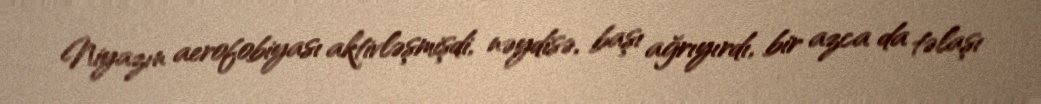
Niyazın aerofobiyası aktivləşmişdi, nəydisə, başı ağrıyırdı, bir azca da təlaşı